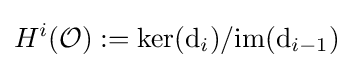
H^{i}({\mathcal {O}}):={\text{ker}}({\text{d}}_{i})/{\text{im}}({\text{d}}_{i-1})